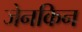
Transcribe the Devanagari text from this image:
जेनकिन